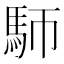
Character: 𩡸